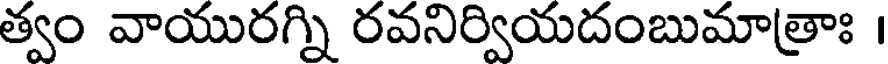
త్వం వాయురగ్ని రవనిర్వియదంబుమాత్రాః ।